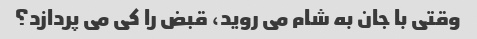
وقتی با جان به شام ​​می روید، قبض را کی می پردازد؟